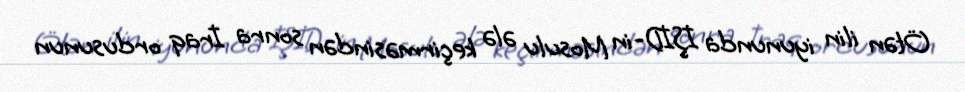
Ötən ilin iyununda İŞİD-in Mosulu ələ keçirməsindən sonra İraq ordusunun